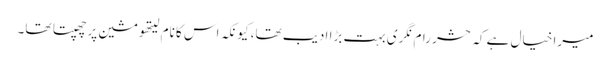
میرا خیال ہے کہ حشر رام نگری بہت بڑا ادیب تھا، کیونکہ اس کا نام لیتھو مشین پر چھپتا تھا۔